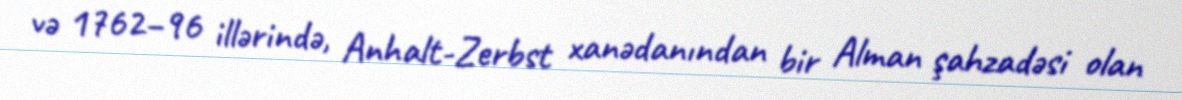
və 1762–96 illərində, Anhalt-Zerbst xanədanından bir Alman şahzadəsi olan